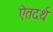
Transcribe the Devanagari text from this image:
ऐतदर्थ